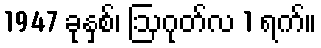
1947 ခုနှစ်၊ ဩဂုတ်လ 1 ရက်။